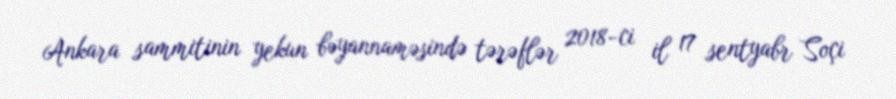
Ankara sammitinin yekun bəyannaməsində tərəflər 2018-ci il 17 sentyabr Soçi